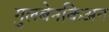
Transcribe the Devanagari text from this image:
गुलबेनकिअन